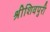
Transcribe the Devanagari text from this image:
श्रीशिवपुरी